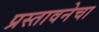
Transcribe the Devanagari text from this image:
प्रस्तावनेचा